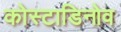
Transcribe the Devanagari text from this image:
कोस्टाडिनोव